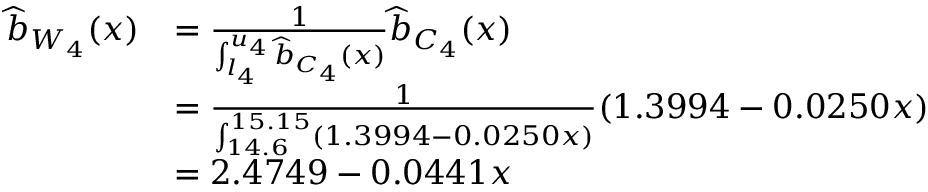
\begin{array} { r l } { \widehat { b } _ { W _ { 4 } } ( x ) } & { = \frac { 1 } { \int _ { l _ { 4 } } ^ { u _ { 4 } } \widehat { b } _ { C _ { 4 } } ( x ) } \widehat { b } _ { C _ { 4 } } ( x ) } \\ & { = \frac { 1 } { \int _ { 1 4 . 6 } ^ { 1 5 . 1 5 } ( 1 . 3 9 9 4 - 0 . 0 2 5 0 x ) } ( 1 . 3 9 9 4 - 0 . 0 2 5 0 x ) } \\ & { = 2 . 4 7 4 9 - 0 . 0 4 4 1 x } \end{array}